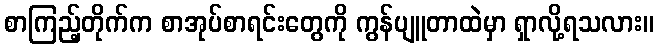
စာကြည့်တိုက်က စာအုပ်စာရင်းတွေကို ကွန်ပျူတာထဲမှာ ရှာလို့ရသလား။